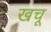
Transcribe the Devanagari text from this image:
खचू